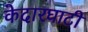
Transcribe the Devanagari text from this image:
केदारघाटी